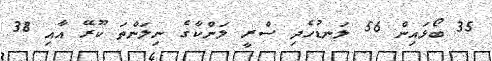
35 ބޯޅައިން 56 ލަނޑުހެދި ސްރީ ލަންކާގެ ނިލަންތަ ކޫރޭ އާއި 38